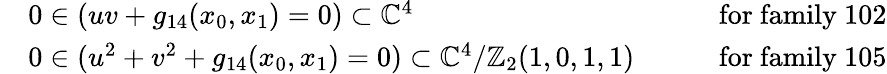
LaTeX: \begin{array}{rlr}&{0\in(uv+g_{14}(x_{0},x_{1})=0)\subset\mathbb{C}^{4}\qquad}&{\mathrm{for~family~102}}\\ &{0\in(u^{2}+v^{2}+g_{14}(x_{0},x_{1})=0)\subset\mathbb{C}^{4}/\mathbb{Z}_{2}(1,0,1,1)\qquad}&{\mathrm{for~family~105}}\end{array}